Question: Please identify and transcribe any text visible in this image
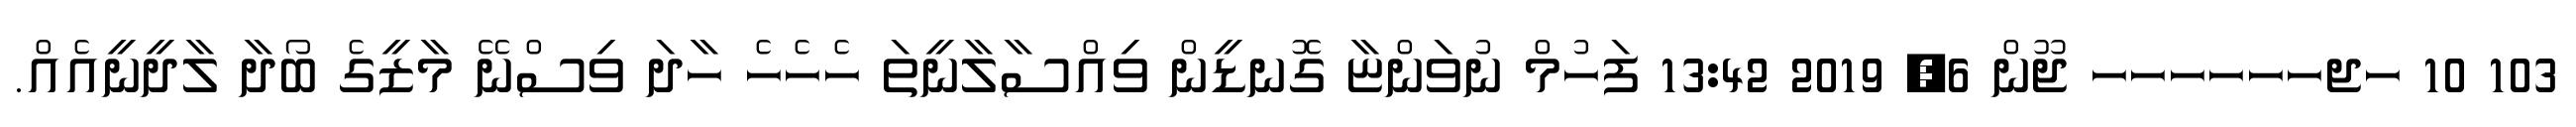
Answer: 103 10 ހޖހހހހހހ ޖޫން 6, 2019 13:42 ފަހުމް ނުވަންޏާ ގޮނޑީން ވިއްސާލާނީތަ ހެހެހެ ހާދަ ވިސްނޭ މާޒީގެ ބޯދާ ލާދީނީއެއް.